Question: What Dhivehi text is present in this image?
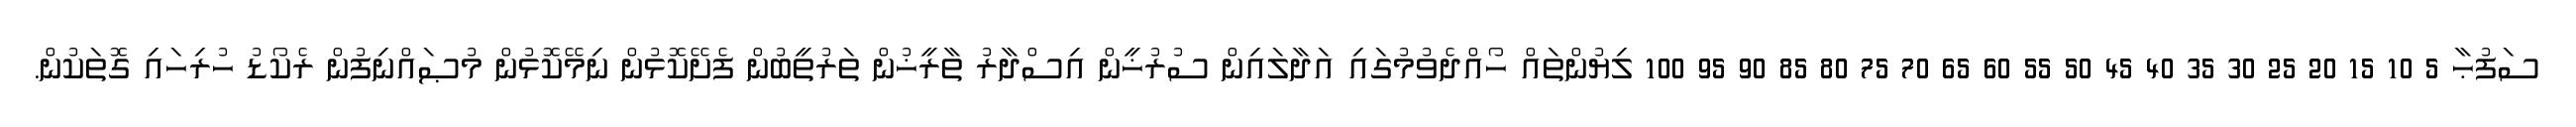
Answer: ސަފުޙާ 5 10 15 20 25 30 35 40 45 50 55 60 65 70 75 80 85 90 95 100 ލިޔުންތައް ހޯއްދެވުމުގައި އަދާލައިން ސުރުޚީން އިސްދާރު ތާރީޚުން ތަރުތީބުން ފެށޭކޮޅުން ނިމޭކޮޅުން މުޞައްނިފުން ރެކޯޑު ހުރިހައި ގޮތަކުން.